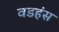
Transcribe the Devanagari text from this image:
वडहंस